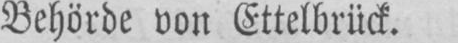
Behörde von Ettelbrück.